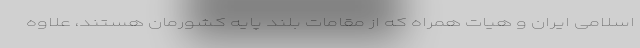
اسلامی ایران و هیات همراه که از مقامات بلند پایه کشورمان هستند، علاوه